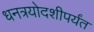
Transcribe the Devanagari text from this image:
धनत्रयोदशीपर्यंत